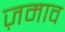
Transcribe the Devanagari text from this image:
ज़माव